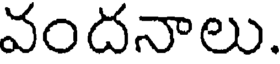
వందనాలు.